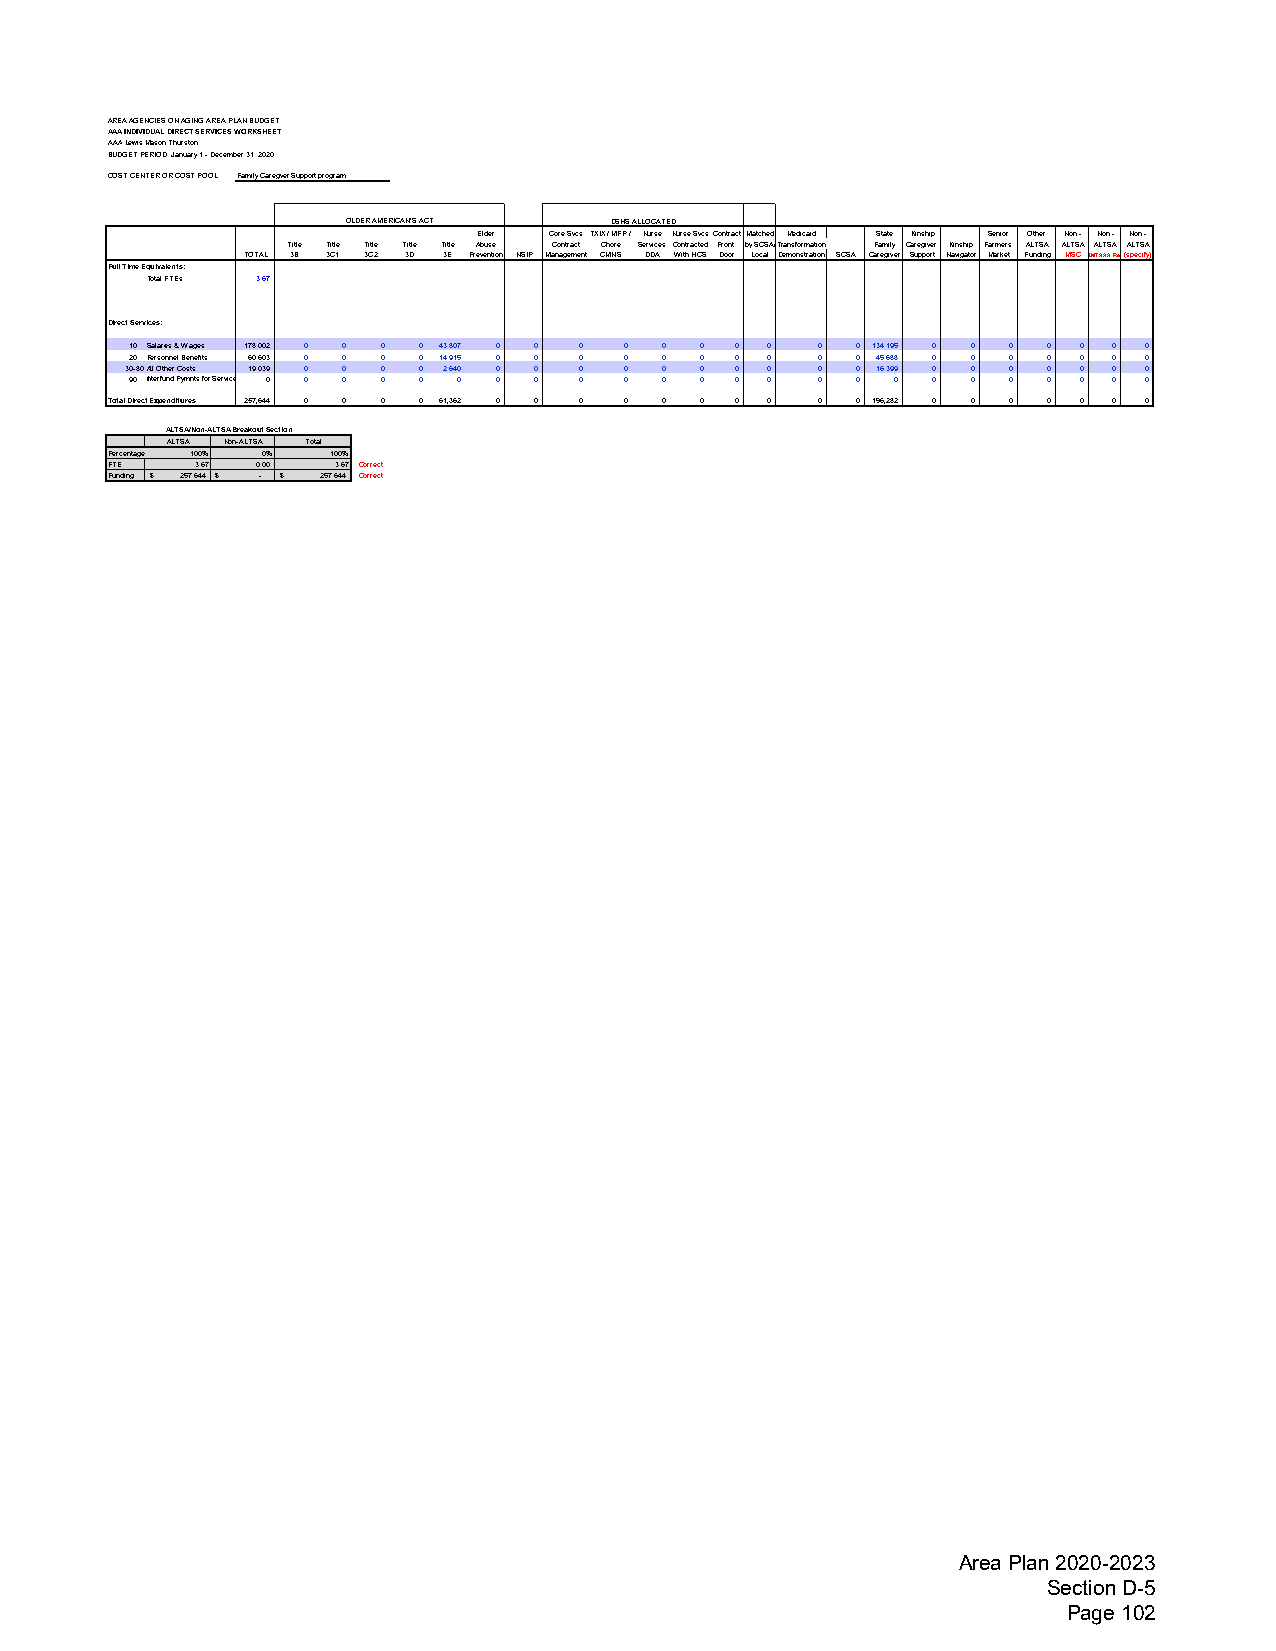
AREA AGENCIES ON AGING AREA PLAN BUDGET
 AAA INDIVIDUAL DIRECT SERVICES WORKSHEET
 AAALewis Mason Thurston
 BUDGET PERIOD: January 1 - December 31, 2020
 COST CENTER OR COST POOL: Family Caregver Support program
 OLDER AMERICAN'S ACT DSHS ALLOCATED
 Elder Core Svcs TXIX / MFP / Nurse Nurse SvcsContractMatched Medicaid State Kinship Senior Other Non - Non - Non -
 Title Title Title Title Title Abuse Contract Chore Services Contracted Front by SCSA/Transformation Family Caregiver Kinship Farmers ALTSA ALTSA ALTSA ALTSA
 TOTAL 3B 3C1 3C2 3D 3E Prevention NSIP Management CMNS DDA With HCS Door Local Demonstration SCSA Caregiver Support Navigator Market Funding MSC LMTAAA Res(specify)
 Full Time Equivalents:
 Total FTEs 3.67
 Direct Services:
 10 Salaries & Wages 178,002 0 0 0 0 43,807 0 0 0 0 0 0 0 0 0 0 134,195 0 0 0 0 0 0 0
 20 Personnel Benefits 60,603 0 0 0 0 14,915 0 0 0 0 0 0 0 0 0 0 45,688 0 0 0 0 0 0 0
 30-80All Other Costs 19,039 0 0 0 0 2,640 0 0 0 0 0 0 0 0 0 0 16,399 0 0 0 0 0 0 0
 90 Interfund Pymnts for Service 0 0 0 0 0 0 0 0 0 0 0 0 0 0 0 0 0 0 0 0 0 0 0 0
 Total Direct Expenditures 257,644 0 0 0 0 61,362 0 0 0 0 0 0 0 0 0 0 196,282 0 0 0 0 0 0 0
 ALTSA/Non-ALTSA Breakout Section
 ALTSA Non-ALTSA Total
 Percentage 100% 0% 100%
 FTE   3.67 0.00 3.67 Correct
 Funding $ 2 57,644 $ - $ 2 57,644 Correct
 Area Plan 2020-2023
 Section D-5
 Page 102